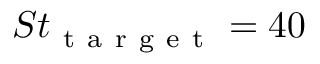
S t _ { \mathrm { ~ t ~ a ~ r ~ g ~ e ~ t ~ } } = 4 0